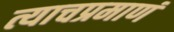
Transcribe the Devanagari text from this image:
त्याचप्रमाणं